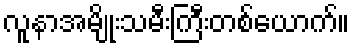
လူနာအမျိုးသမီးကြီးတစ်ယောက်။